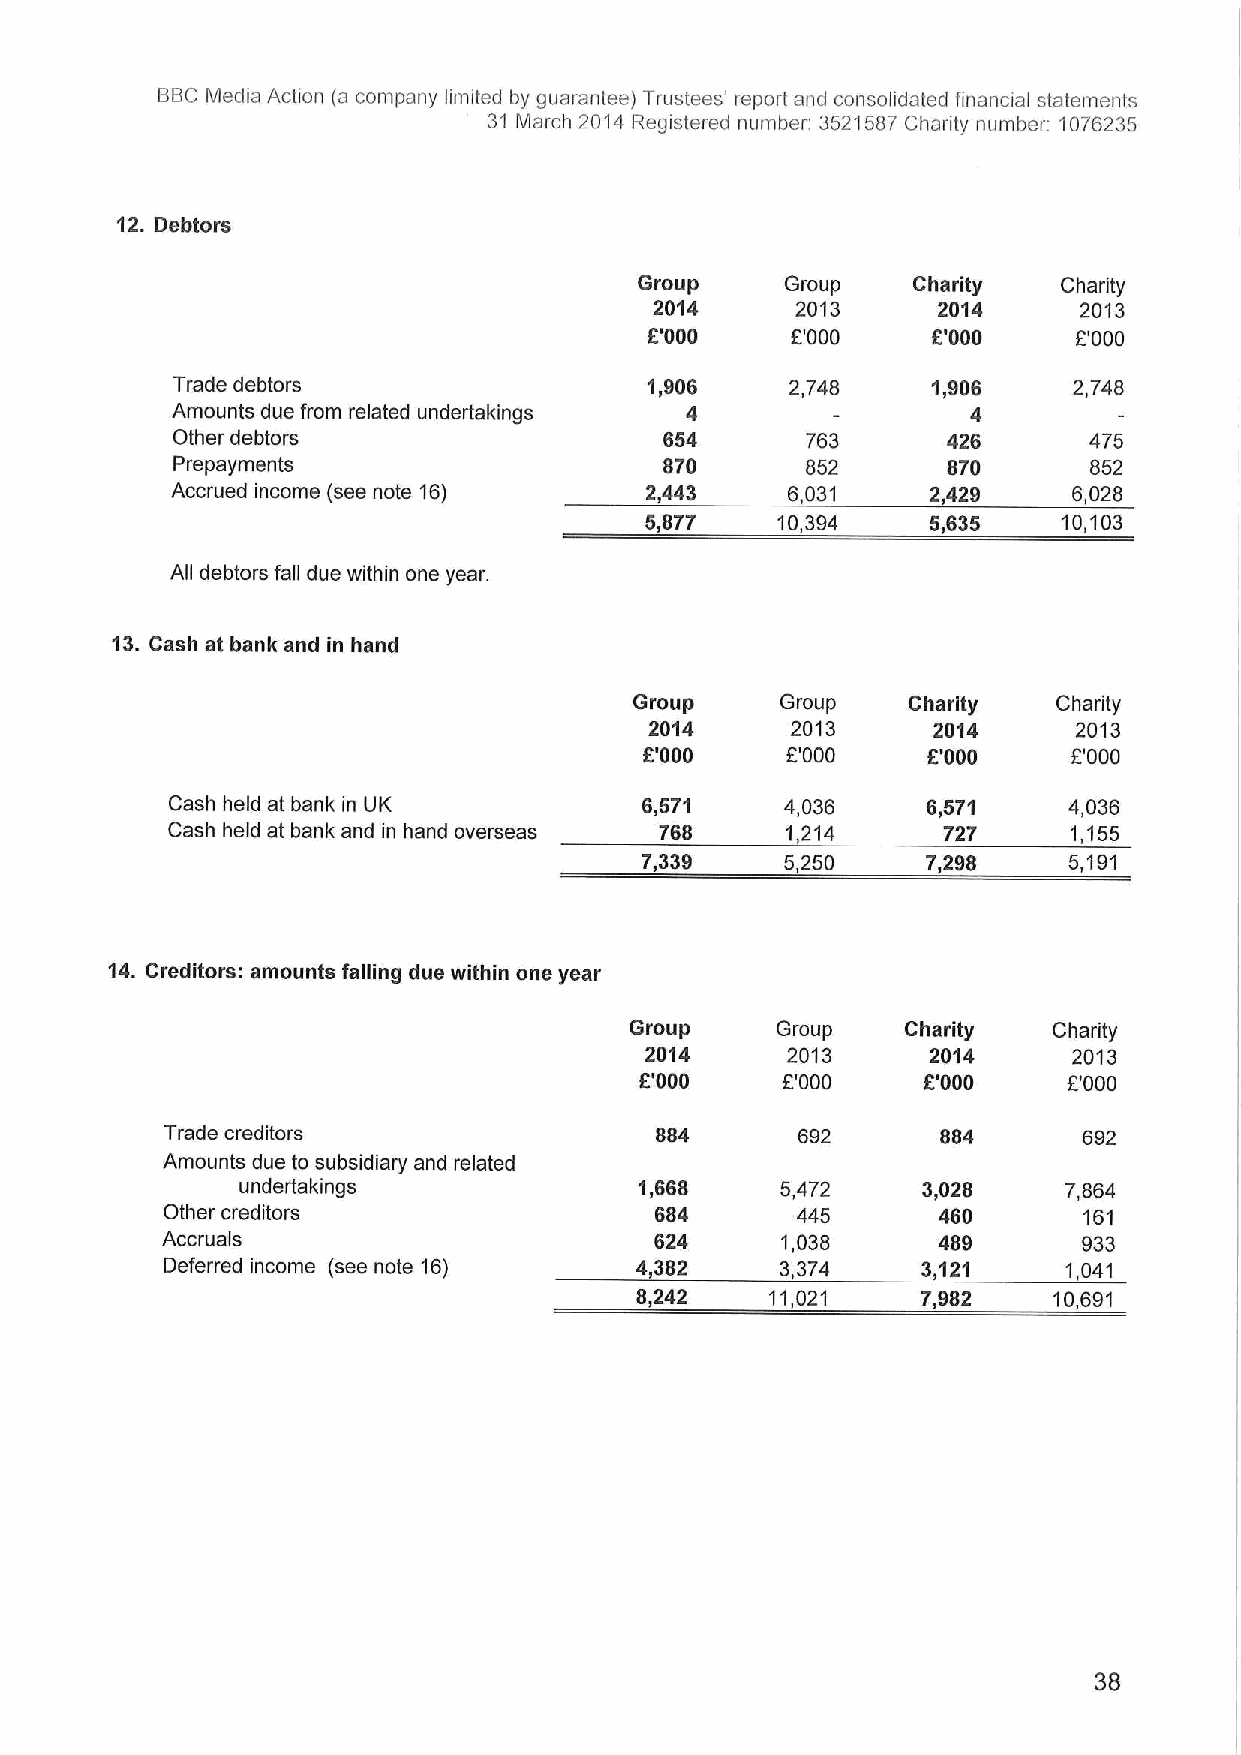
BBCMedia Action (a company limited by guarantee) Trustees' report and consolidated financial statements
 31 March 2014 Registered number: 3521587Charity number: 1076235
 12.Debtors
 Group     Group   Charity   Charity
 2014      2013     2014     2013
 f'000
 f.'000
 f'000
 f'000
 Trade debtors                   1,906    2,748     1,906    2,748
 Amounts due from related undertakings 4              4
 Other debtors                    654      763       426      475
 Prepayments                      870      852       870      852
 Accrued income (see note 15)    2,443    6,031     2,429    6,028
 5,877   10,394     5,635   10,103
 All debtors fall due within one year.
 13.Cash at bank and in hand
 Group     Group   Charity   Charity
 2014     2013      2014     2013
 f'000    f.'000   f'000     f'000
 Cash held at bank in UK         6,571    4,036    6,57'l    4,036
 Cash held at bank and in hand overseas 768 1 214   727      1,155
 7,339     5,250    7,298     5,191
 14.Creditors: amounts falling due within one year
 Group    Group    Charity   Charity
 2014     2013      2014     2013
 f'000     f'000    f'000     f.'000
 Trade creditors                 884       692      884       692
 Amounts due to subsidiary and related
 undertakings              1,668     5,472    3,028     7,854
 Other creditors                 684       445      460       161
 Accruals                        624      1,038     489       933
 Deferred income (see note 15)  4,382     3,374    3121      1,041
 8,242    11,021    7,982    10,691
 38